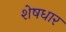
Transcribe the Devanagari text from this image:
शेषधार